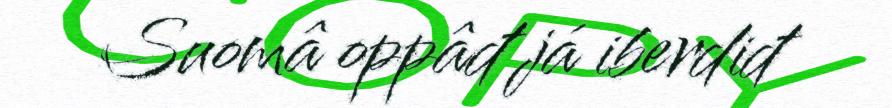
Suomâ oppâđ já iberdiđ